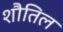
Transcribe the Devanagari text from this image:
शौतिल